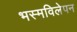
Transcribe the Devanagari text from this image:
भस्मविलेपन